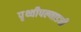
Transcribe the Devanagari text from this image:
पृथ्वीपल्याडची